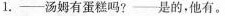
1.——汤姆有蛋糕吗?——是的。他有。